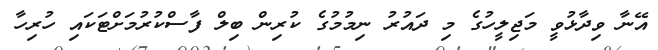
އޭނާ ވިދާޅުވީ މަޖިލީހުގެ މި ދައުރު ނިމުމުގެ ކުރިން ބިލް ފާސްކުރުމަށްޓަކައި ހުރިހާ